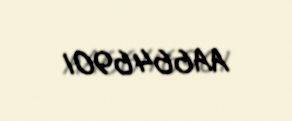
AA6646901